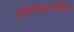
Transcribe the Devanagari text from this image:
एडेनोमायोसिस